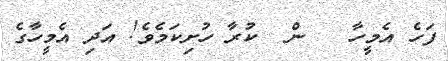
ފަހެ އެމީހާ   ން  ކުރާ ހުށިކަމެވެ! އަދި އެމީހާގެ